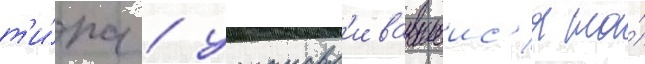
т'и́па / устанавл'ивавшеис'я на́